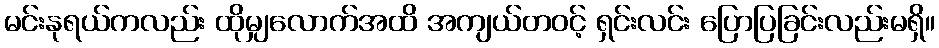
မင်းနုရယ်ကလည်း ထိုမျှလောက်အထိ အကျယ်တဝင့် ရှင်းလင်း ပြောပြခြင်းလည်းမရှိ။